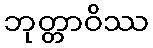
ဘုတ္တာဝိဿ